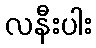
လနီးပါး